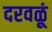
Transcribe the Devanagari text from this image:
दरवळूं